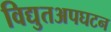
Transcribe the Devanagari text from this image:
विद्युतअपघटन